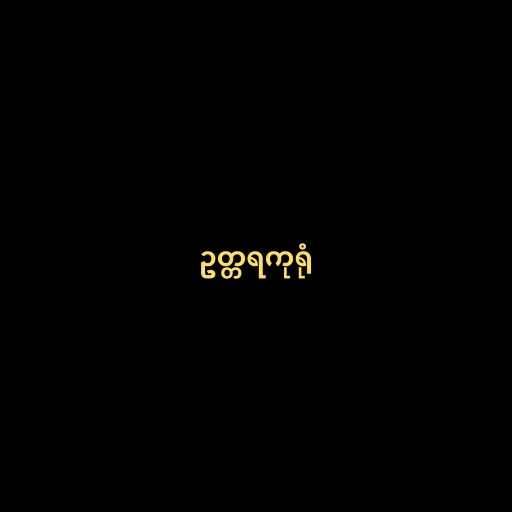
ဥတ္တရကုရုံ